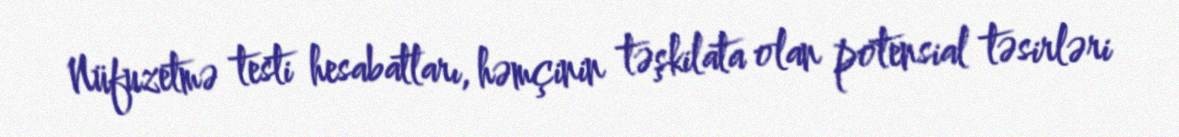
Nüfuzetmə testi hesabatları, həmçinin təşkilata olan potensial təsirləri